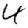
Digit: 4